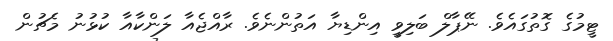
ޓީމުގެ ގޮތުގައެވެ. ނޭޕާލް ބަލިވީ އިންޑިޔާ އަތުންނެވެ. ރާއްޖެއާ ލަންކާއާ ކުޅުނު މެޗުން